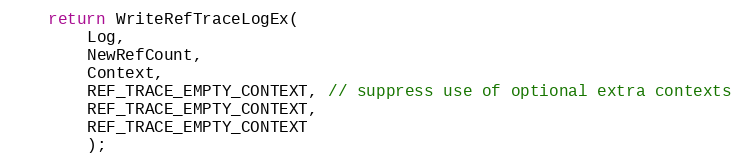
Language: C
    return WriteRefTraceLogEx(
        Log,
        NewRefCount,
        Context,
        REF_TRACE_EMPTY_CONTEXT, // suppress use of optional extra contexts
        REF_TRACE_EMPTY_CONTEXT,
        REF_TRACE_EMPTY_CONTEXT
        );